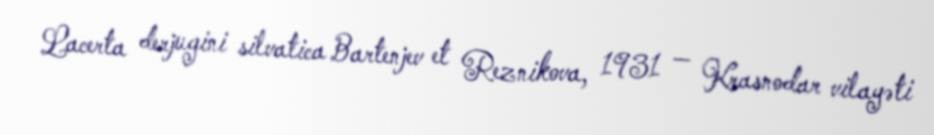
Lacerta derjugini silvatica Bartenjev et Reznikova, 1931 — Krasnodar vilayəti